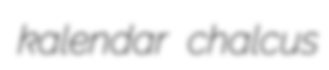
kalendar chalcus